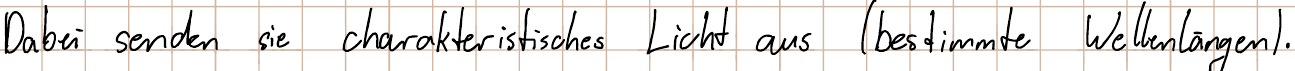
Dabei senden sie charakteristisches Licht aus (bestimmte Wellenlängen).